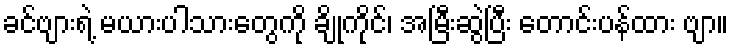
ခင်ဗျားရဲ့ မယားပါသားတွေကို ချိုကိုင်၊ အမြီးဆွဲပြီး တောင်းပန်ထား ဗျာ။